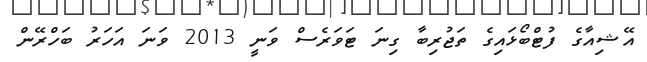
އޭޝިއާގެ ފުޓްބޯޅައިގެ ތަޖުރިބާ ގިނަ ޓަވަރެސް ވަނީ 2013 ވަނަ އަހަރު ބަހްރޭން